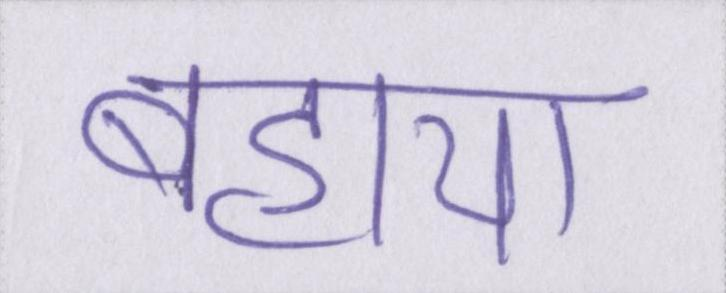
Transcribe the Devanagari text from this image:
बहाया